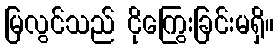
မြလွင်သည် ငိုကြွေးခြင်းမရှိ။